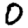
Digit: 0